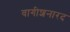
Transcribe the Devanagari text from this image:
वागीशनारद